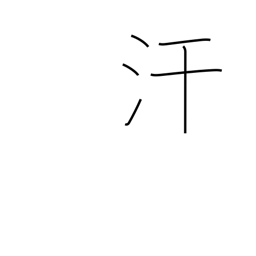
Meaning: perspire